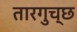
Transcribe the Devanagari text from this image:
तारगुच्छ